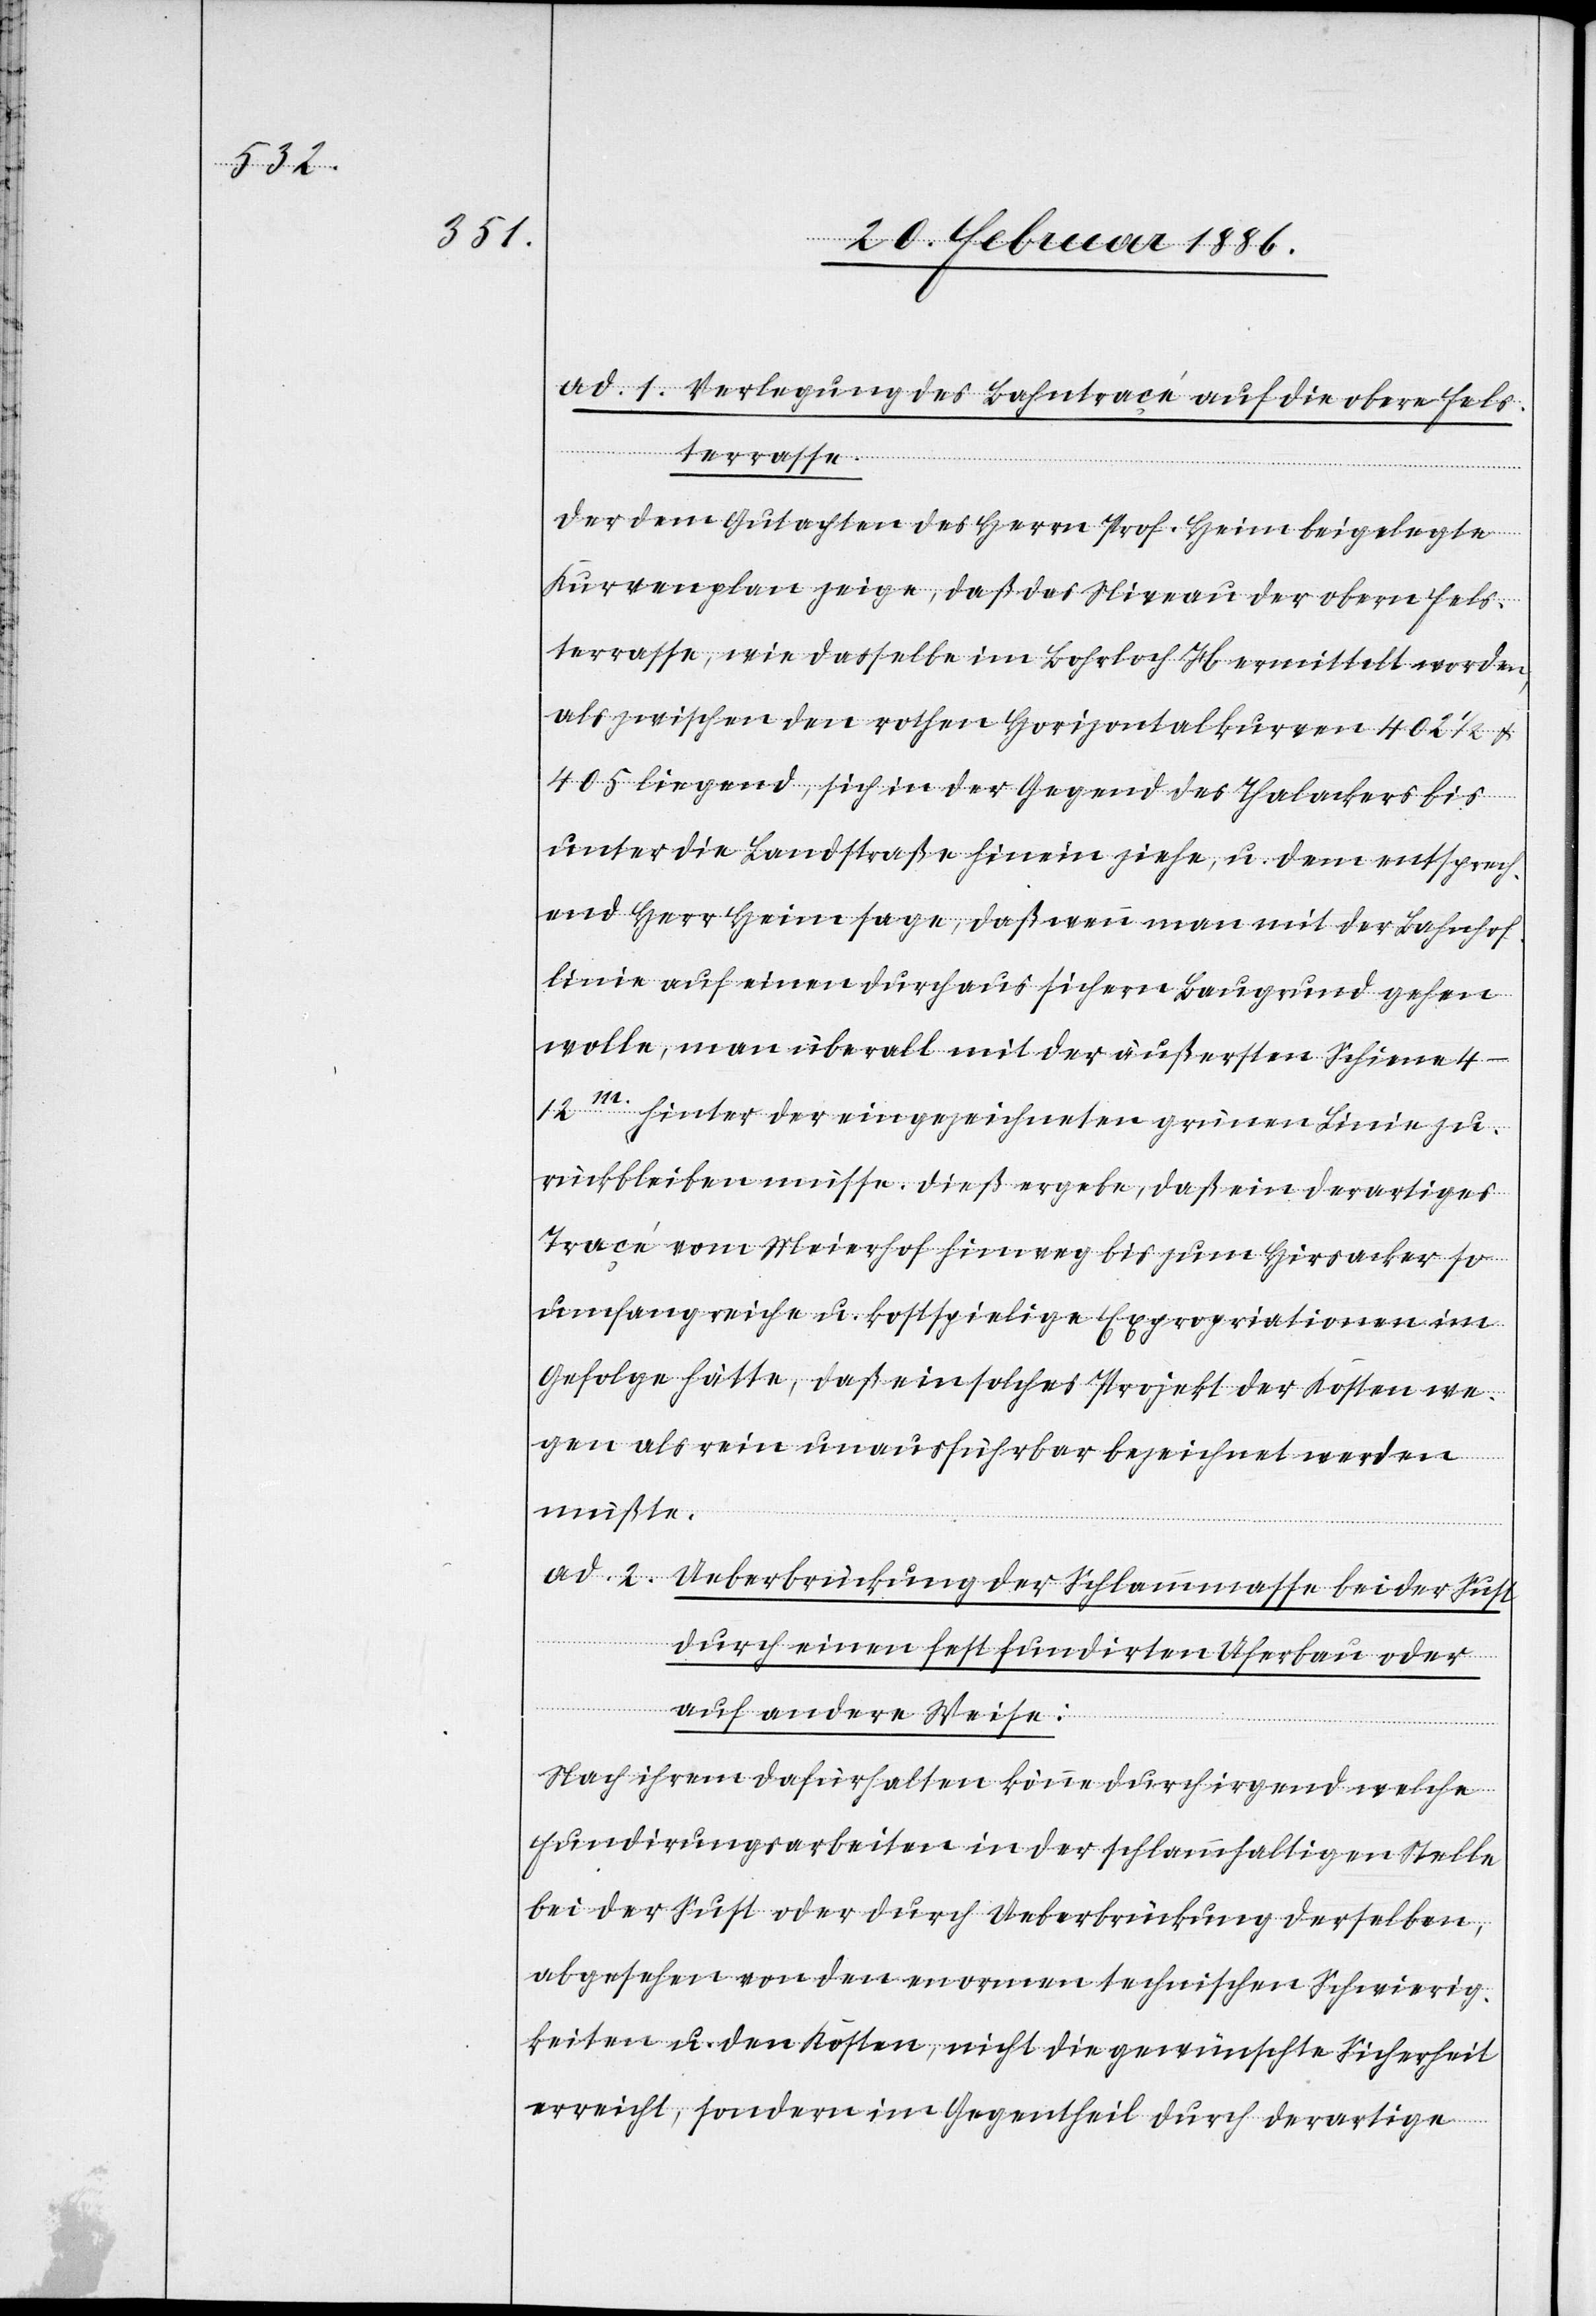
ad. 1. Verlegung des Bahntrace auf die obere Fels¬
terrasse.
Der dem Gutachten des Herrn Prof. Heim beigelegte
Kurvenplan zeige, daß das Niveau der obern Fels¬
terrasse, wie dasselbe im Bohrloch H ermittelt wurde,
als zwischen den rothen Horizontalkurven 402 1/2 &
405 liegend, sich in der Gegend des Thalackers bis
unter die Landstraße hinein ziehe, u. dem entsprech¬
end Herr Heim sage, daß wenn man mit der Bahnhof¬
linie auf einen durchaus sichern Baugrund gehen
wolle, man überall mit der äußersten Schiene
4–12m. hinter der eingezeichneten grünen Linie zu¬
rückblicken müsse. Dieß ergebe, daß ein derartiges
Trace vom Meierhof hinweg bis zum Hirsacker so
umfangreiche u. kostspielige Expropriationen im
Gefolge hätte, daß ein solches Projekt der Kosten we¬
gen als ein Unausführbares bezeichnet werden
müßte.
ad. 2. Ueberbrückung der Schlammmasse bei der Sust
durch einen fest fundirten Uferbau oder
auf andere Weise:
Nach Ihrem dafürhalten könne durch irgend welche
Fundirungsarbeiten in der schlammhaltigen Stelle
bei der Sust oder durch Ueberbrückung derselben,
abgesehen von den enormen technischen Schwierig¬
keiten u. den Kosten, nicht die gewünschte Sicherheit
erreicht, sondern im Gegentheil durch derartige